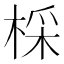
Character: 棌